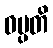
ဝပ္ပတိ